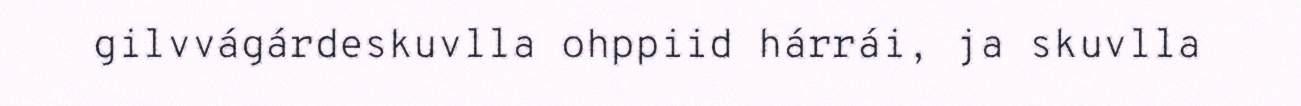
gilvvágárdeskuvlla ohppiid hárrái, ja skuvlla